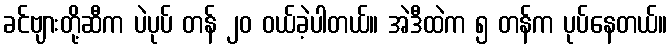
ခင်ဗျားတို့ဆီက ပဲပုပ် တန် ၂၀ ဝယ်ခဲ့ပါတယ်။ အဲဒီထဲက ၅ တန်က ပုပ်နေတယ်။